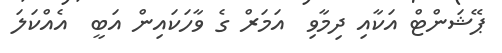
ޕޭޝަންޓް އަކާއި ދިމާވި  އަމަރް ގެ ވާހަކައިން އަބީ  އެއްކަލަ